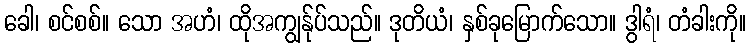
ခေါ၊ စင်စစ်။ သော အဟံ၊ ထိုအကျွန်ုပ်သည်။ ဒုတိယံ၊ နှစ်ခုမြောက်သော။ ဒွါရံ၊ တံခါးကို။